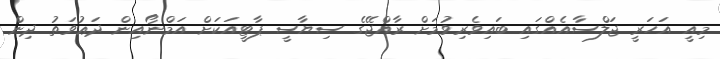
މިއީ އަހަރީ ޖަލްސާއެއްގައި ބައިވެރިވުމަށް ރާއްޖޭގެ ސިޔާސީ ޕާޓީއަކަށް އަމްނޯއިން ދަޢުވަތު ދިން